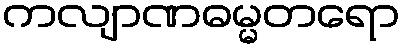
ကလျာဏဓမ္မတရော